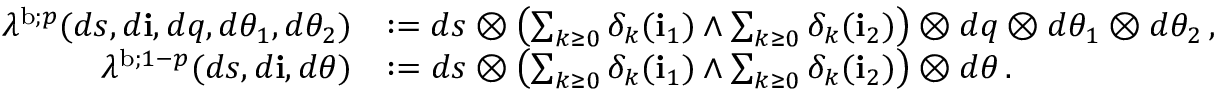
\begin{array} { r l } { \lambda ^ { \mathrm { b } ; p } ( d s , d \mathbf { i } , d q , d \theta _ { 1 } , d \theta _ { 2 } ) } & { : = d s \otimes \left( \sum _ { k \geq 0 } \delta _ { k } ( \mathbf { i } _ { 1 } ) \wedge \sum _ { k \geq 0 } \delta _ { k } ( \mathbf { i } _ { 2 } ) \right) \otimes d q \otimes d \theta _ { 1 } \otimes d \theta _ { 2 } \, , } \\ { \lambda ^ { \mathrm { b } ; 1 - p } ( d s , d \mathbf { i } , d \theta ) } & { : = d s \otimes \left( \sum _ { k \geq 0 } \delta _ { k } ( \mathbf { i } _ { 1 } ) \wedge \sum _ { k \geq 0 } \delta _ { k } ( \mathbf { i } _ { 2 } ) \right) \otimes d \theta \, . } \end{array}